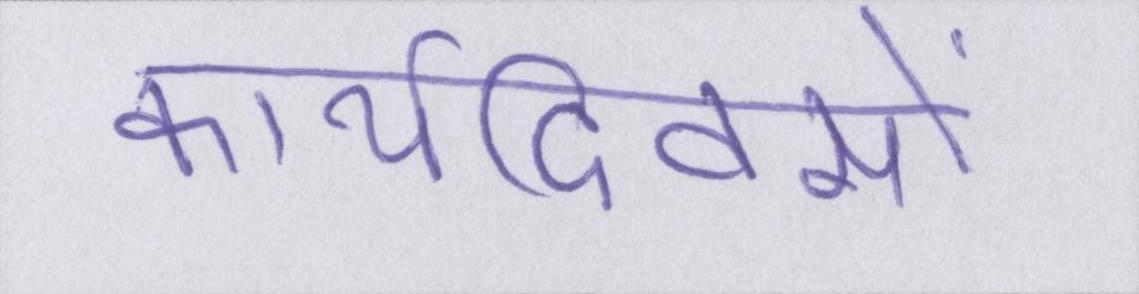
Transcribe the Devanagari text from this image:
कार्यदिवसों